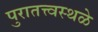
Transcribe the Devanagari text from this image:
पुरातत्त्वस्थळे